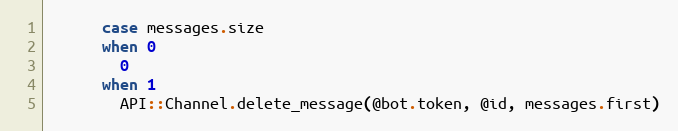
Language: Ruby
      case messages.size
      when 0
        0
      when 1
        API::Channel.delete_message(@bot.token, @id, messages.first)